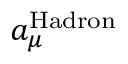
a _ { \mu } ^ { \mathrm { H a d r o n } }